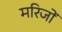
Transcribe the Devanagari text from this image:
मरिजों